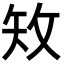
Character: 𥎪